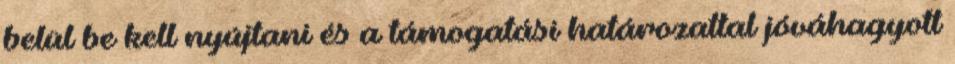
belül be kell nyújtani és a támogatási határozattal jóváhagyott